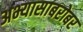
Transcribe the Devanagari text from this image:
अभ्यासाबरोबर